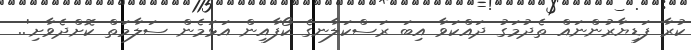
ކުރާ ފަޑިޔާރުންނައް ތެދުމަގު ދައްކަވާ އިބަ ރަސްކަލާނގެ ކޯފާއިން އަޅަމެން ސަލާމަތް ކޮށްދެވާށި'..